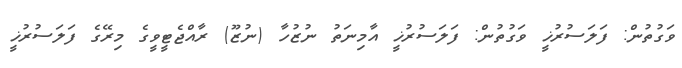
ވަގުތުން: ފަލަސުރުޚީ ވަގުތުން: ފަލަސުރުޚީ އާމިނަތު ނުޒުހާ (ނުޒޫ) ރާއްޖެޓީވީގެ މިރޭގެ ފަލަސުރުޚީ